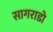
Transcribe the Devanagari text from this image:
सागराडो